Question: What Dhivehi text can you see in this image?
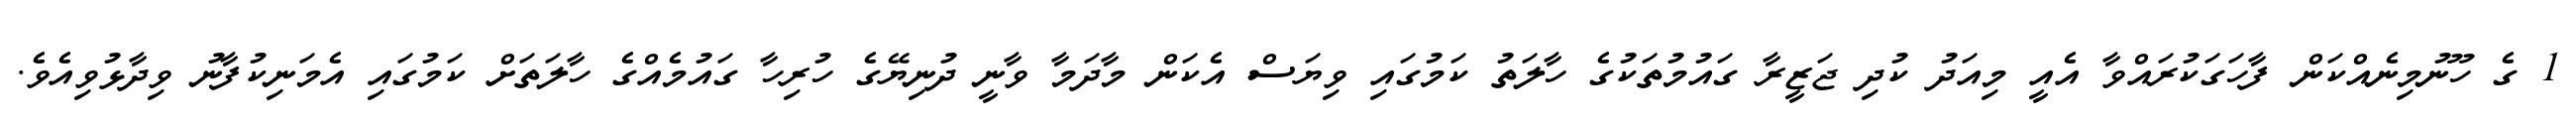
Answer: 1 ގެ ހޫނުމިނެއްކަން ފާހަގަކުރައްވާ އެއީ މިއަދު ކުދި ޖަޒީރާ ގައުމުތަކުގެ ހާލަތު ކަމުގައި ވިޔަސް އެކަން މާދަމާ ވާނީ ދުނިޔޭގެ ހުރިހާ ގައުމެއްގެ ހާލަތަށް ކަމުގައި އެމަނިކުފާނު ވިދާޅުވިއެވެ.